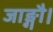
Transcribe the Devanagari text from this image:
जाङ्गौ।